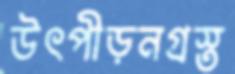
উৎপীড়নগ্রস্ত